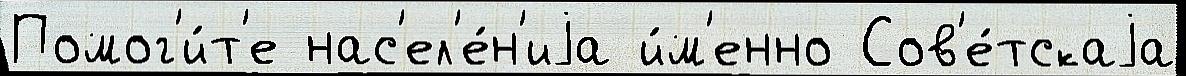
Помог'и́т'е нас'ел'е́н'иjа и́м'енно Сов'е́тскаjа